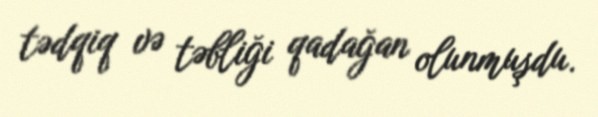
tədqiq və təbliği qadağan olunmuşdu.